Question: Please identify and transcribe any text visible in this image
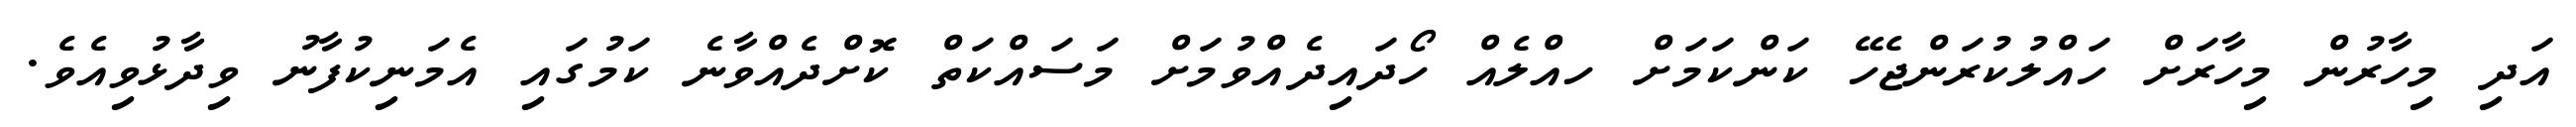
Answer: އަދި މިހާރުން މިހާރަށް ހައްލުކުރަންޖެހޭ ކަންކަމަށް ހއްލެއް ހޯދައިދެއްވުމަށް މަސައްކަތް ކޮށްދެއްވާނެ ކަމުގައި އެމަނިކުފާނު ވިދާޅުވިއެވެ.